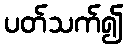
ပတ်သက်၍